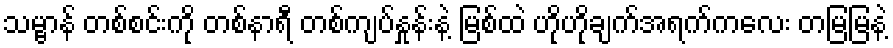
သမ္ဗာန် တစ်စင်းကို တစ်နာရီ တစ်ကျပ်နှုန်းနဲ့ မြစ်ထဲ ဟိုဟိုချက်အရက်ကလေး တမြမြနဲ့